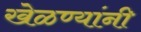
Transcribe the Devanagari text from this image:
खेळण्यांनी